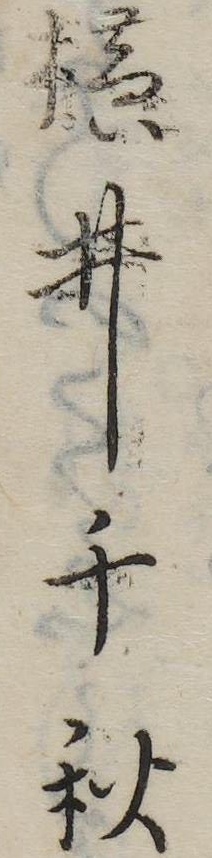
横井千秋